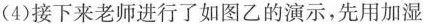
(4)接下来老师进行了如图乙的演示，先用加湿